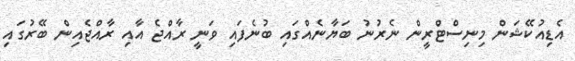
އެޑިއުކޭޝަން މިނިސްޓްރީން ނެރުނު ބަޔާނެއްގައި ބުނެފައި ވަނީ ރާއްޖެ އާއި ރާއްޖެއިން ބޭރުގައި